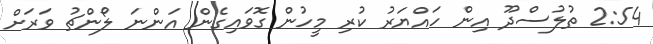
2:54 ތުލުސްދޫ އިން ހައްޔަރު ކުރި މީހުން ގޮވައިގެން އަންނަ ލޯންޗު ވަރަށް